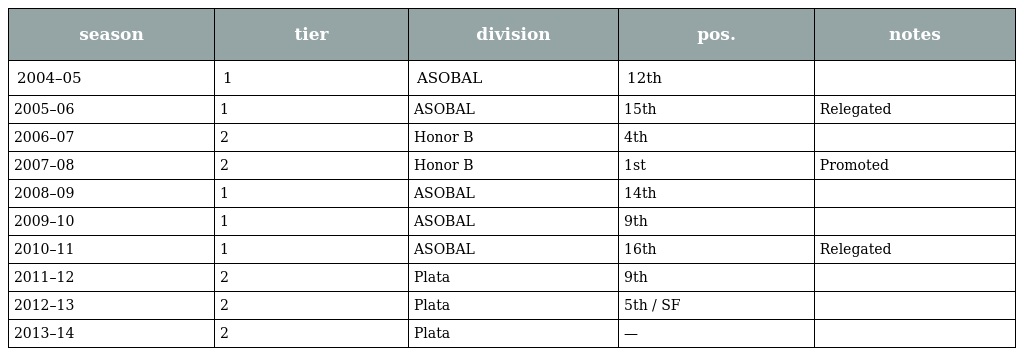
| season | tier | division | pos. | notes |
 | --- | --- | --- | --- | --- |
 | 2004–05 | 1 | ASOBAL | 12th |  |
 | 2005–06 | 1 | ASOBAL | 15th | Relegated |
 | 2006–07 | 2 | Honor B | 4th |  |
 | 2007–08 | 2 | Honor B | 1st | Promoted |
 | 2008–09 | 1 | ASOBAL | 14th |  |
 | 2009–10 | 1 | ASOBAL | 9th |  |
 | 2010–11 | 1 | ASOBAL | 16th | Relegated |
 | 2011–12 | 2 | Plata | 9th |  |
 | 2012–13 | 2 | Plata | 5th / SF |  |
 | 2013–14 | 2 | Plata | — |  |